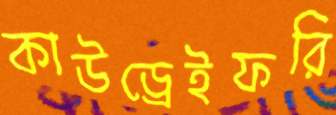
কাউড্রেইফরি